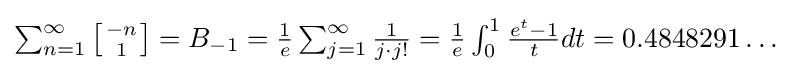
{\textstyle \sum _{n=1}^{\infty }\left[{-n \atop 1}\right]=B_{-1}={\frac {1}{e}}\sum _{j=1}^{\infty }{\frac {1}{j\cdot j!}}={\frac {1}{e}}\int _{0}^{1}{\frac {e^{t}-1}{t}}dt=0.4848291\dots }